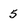
Character: 5